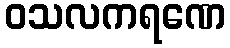
ဝသလကရဏေ